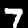
Digit: 7